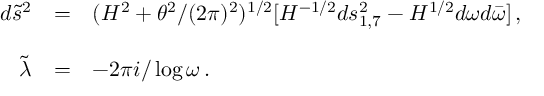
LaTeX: \begin{array} { r c l } { { d { \tilde { s } } ^ { 2 } } } & { { = } } & { { ( H ^ { 2 } + \theta ^ { 2 } / ( 2 \pi ) ^ { 2 } ) ^ { 1 / 2 } [ H ^ { - 1 / 2 } d s _ { 1 , 7 } ^ { 2 } - H ^ { 1 / 2 } d \omega d { \bar { \omega } } ] \, , } } \\ { { } } & { { } } & { { } } \\ { { { \tilde { \lambda } } } } & { { = } } & { { - 2 \pi i / \log { \omega } \, . } } \end{array}